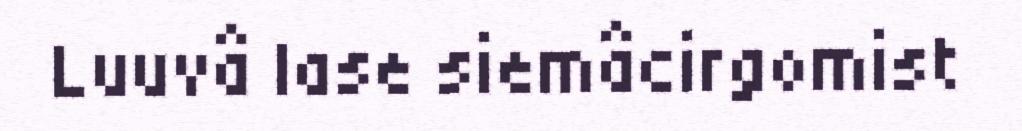
Luuvâ lase siemâcirgomist